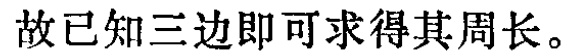
故已知三边即可求得其周长。